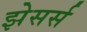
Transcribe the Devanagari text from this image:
झेसर्स